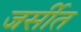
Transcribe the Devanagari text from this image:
जर्सीत